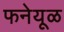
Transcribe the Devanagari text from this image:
फनेयूळ